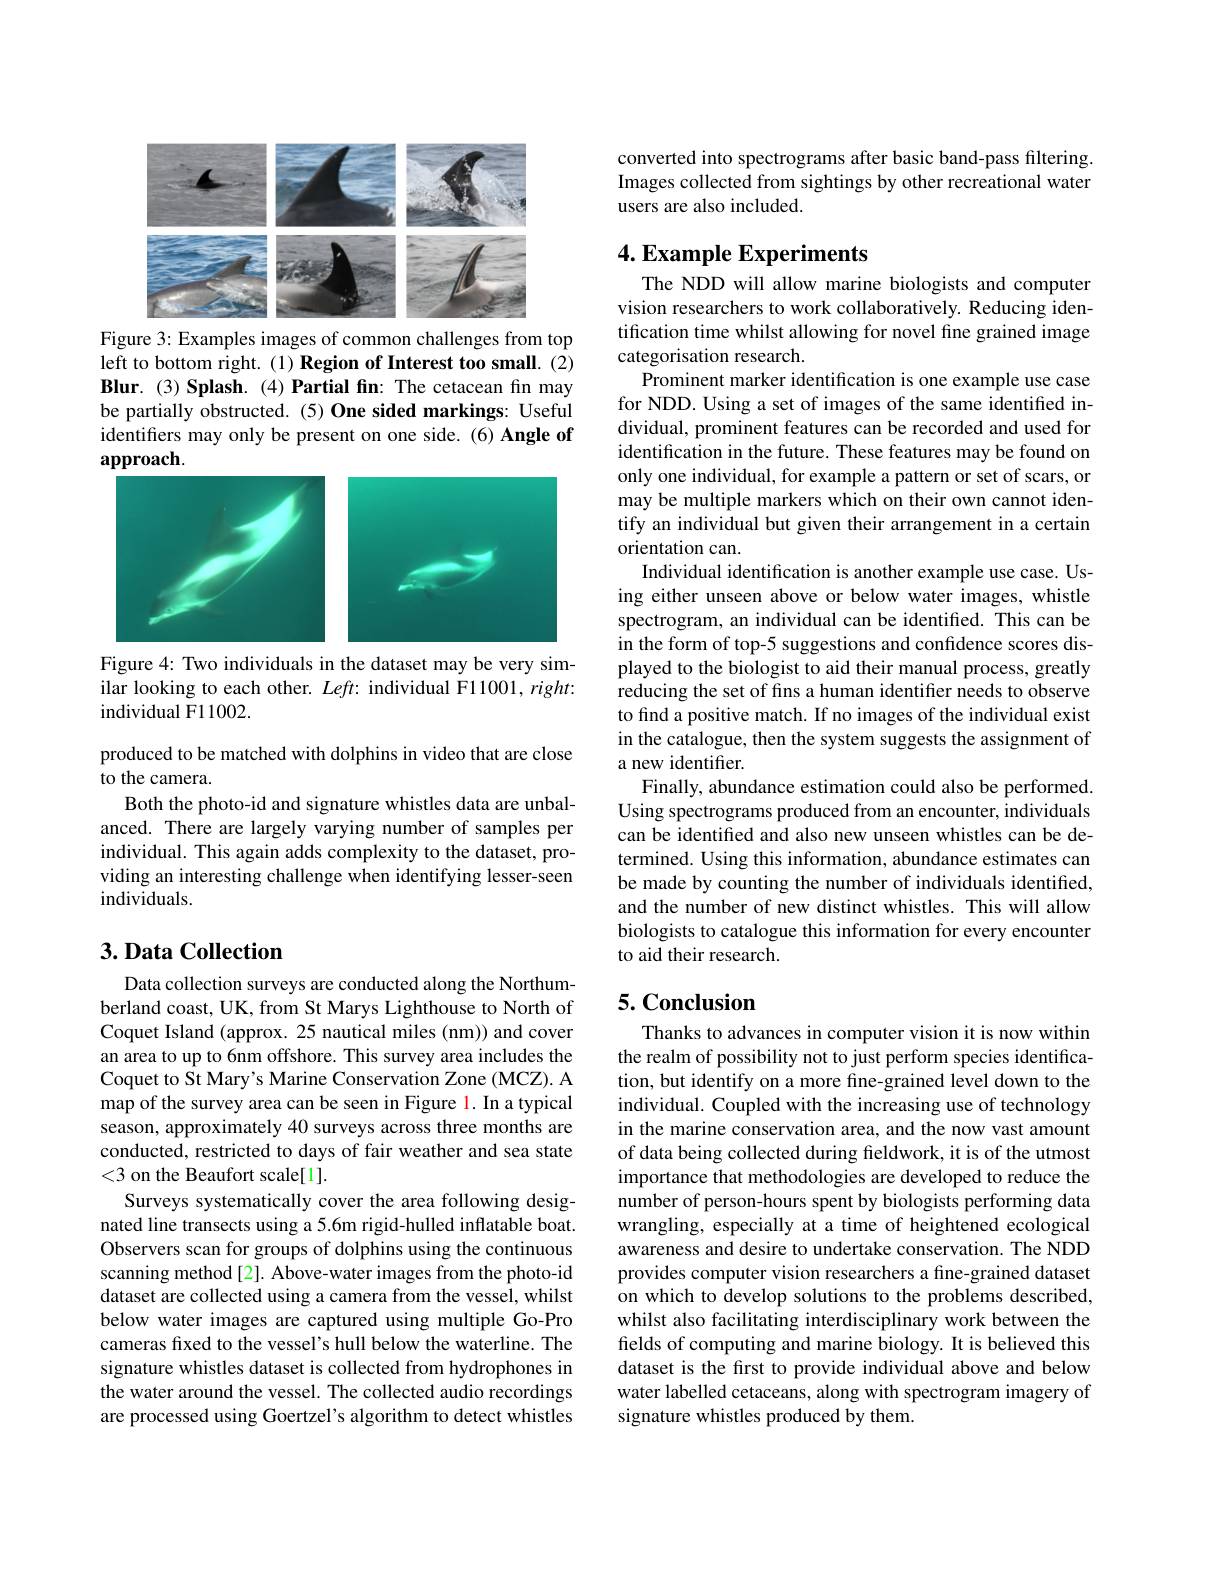
<FigureHere>

Figure 3: Examples images of common challenges from top left to bottom right.(1) Region of Interest too small.(2) Blur.(3) Splash.(4) Partial fin: The cetacean fin may be partially obstructed. (5) One sided markings: Useful identifiers may only be present on one side. (6) Angle of approach.

<FigureHere>

Figure 4: Two individuals in the dataset may be very sim-

ilar looking to each other. $Left:$ individual F11001, right:
individual F11002.

produced to be matched with dolphins in video that are close
to the camera.
Both the photo-id and signature whistles data are unbalanced. There are largely varying number of samples per individual. This again adds complexity to the dataset, providing an interesting challenge when identifying lesser-seen individuals.

## $3. \textbf{Data Collection}$

Data collection surveys are conducted along the Northumberland coast, UK, from St Marys Lighthouse to North of Coquet Island (approx. 25 nautical miles (nm)) and cover an area to up to 6nm offshore. This survey area includes the Coquet to St Mary's Marine Conservation Zone (MCZ). A map of the survey area can be seen in Figure l. In a typical season, approximately 40 surveys across three months are conducted, restricted to days of fair weather and sea state <3 on the Beaufort scale[1].
Surveys systematically cover the area following designated line transects using a 5.6m rigid-hulled inflatable boat. Observers scan for groups of dolphins using the continuous scanning method[2]. Above-water images from the photo-id dataset are collected using a camera from the vessel, whilst below water images are captured using multiple Go-Pro cameras fxed to the vessel's hull below the waterline. The signature whistles dataset is collected from hydrophones in the water around the vessel. The collected audio recordings are processed using Goertzel's algorithm to detect whistles

converted into spectrograms after basic band-pass filtering. Images collected from sightings by other recreational water users are also included.

## 4. Example Experiments

The NDD will allow marine biologists and computer vision researchers to work collaboratively. Reducing identification time whilst allowing for novel fine grained image categorisation research.
Prominent marker identification is one example use case for NDD. Using a set of images of the same identified individual, prominent features can be recorded and used for identification in the future. These features may be found on only one individual, for example a pattern or set of scars, or may be multiple markers which on their own cannot identify an individual but given their arrangement in a certain orientation can
Individual identification is another example use case. Using either unseen above or below water images, whistle spectrogram, an individual can be identified. This can be in the form of top-5 suggestions and confidence scores displayed to the biologist to aid their manual process, greatly reducing the set of fins a human identifier needs to observe to find a positive match. If no images of the individual exist in the catalogue, then the system suggests the assignment of a new identifier.
Finally, abundance estimation could also be performed. Using spectrograms produced from an encounter, individuals can be identified and also new unseen whistles can be determined. Using this information, abundance estimates can be made by counting the number of individuals identified, and the number of new distinct whistles. This will allow biologists to catalogue this information for every encounter to aid their research.

## 5. Conclusion

Thanks to advances in computer vision it is now within the realm of possibility not to just perform species identification, but identify on a more fine-grained level down to the individual. Coupled with the increasing use of technology in the marine conservation area, and the now vast amount of data being collected during fieldwork, it is of the utmost importance that methodologies are developed to reduce the number of person-hours spent by biologists performing data wrangling, especially at a time of heightened ecological awareness and desire to undertake conservation. The NDD provides computer vision researchers a fine-grained dataset on which to develop solutions to the problems described, whilst also facilitating interdisciplinary work between the fields of computing and marine biology. It is believed this dataset is the first to provide individual above and below water labelled cetaceans, along with spectrogram imagery of signature whistles produced by them.